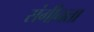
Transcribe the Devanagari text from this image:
संगीनता